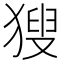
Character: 獀